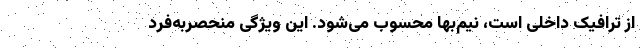
از ترافیک داخلی است، نیم‌‌بها محسوب می‌شود. این ویژگی منحصربه‌فرد